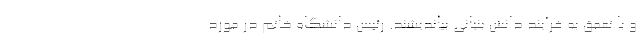
و با تعمق به فرآیند دانش بنیانی بیاندیشند. رئیس دانشگاه خاتم در مورد